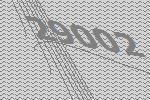
29002